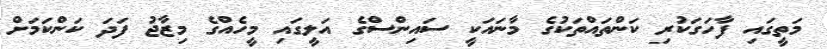
މަތީގައި ފާހަގަކުރި ކަންތައްތަކުގެ މާނައަކީ ސައިންސްގެ އަލީގައި މީހެއްގެ މިޒާޖު ފަދަ ކަންކަމަށް